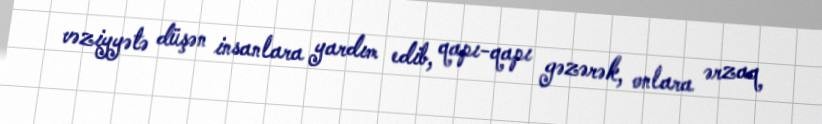
vəziyyətə düşən insanlara yardım edib, qapı-qapı gəzərək, onlara ərzaq